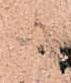
々